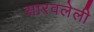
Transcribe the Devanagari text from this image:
सारवलेली